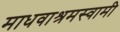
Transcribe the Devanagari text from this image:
माधवाश्रमस्वामी